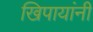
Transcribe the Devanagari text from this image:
खिपायांनी